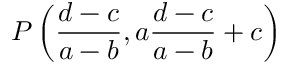
P \left( { \frac { d - c } { a - b } } , a { \frac { d - c } { a - b } } + c \right)